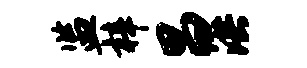
监梓昌洪